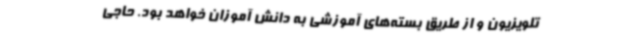
تلویزیون و از طریق بسته‌های آموزشی به دانش آموزان خواهد بود. حاجی